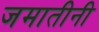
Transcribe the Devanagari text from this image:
जमातीनी